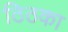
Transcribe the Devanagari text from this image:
ठिठका